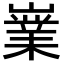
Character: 嶪